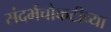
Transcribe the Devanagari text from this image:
संदर्भचौकटीच्या